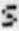
S